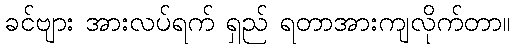
ခင်ဗျား အားလပ်ရက် ရှည် ရတာအားကျလိုက်တာ။